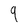
Character: 9